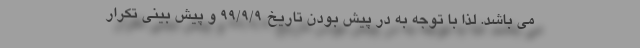
می باشد. لذا با توجه به در پیش بودن تاریخ ۹۹/۹/۹ و پیش بینی تکرار